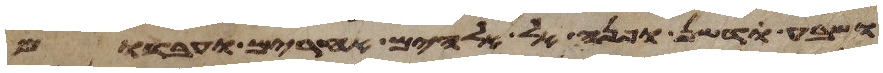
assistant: ושבע ודשן ופנה אל אלהים אחרים ועבדום